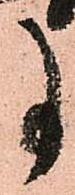
事